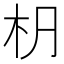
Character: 𣏊